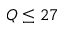
Q \leq 2 7